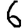
Digit: 6